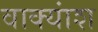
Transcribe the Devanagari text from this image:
वाक्‍यांश